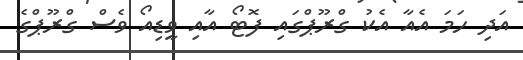
އަދި ހަމަ އެއާ އެކު ގްރޫޕްގައި ފޮޓޯ އާއި ވީޑިއޯ ވެސް ގްރޫޕްގެ